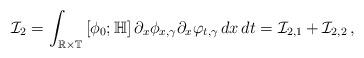
LaTeX: \begin{align*}\mathcal I_2=\int_{\mathbb R\times\mathbb T}\left[\phi_0;\mathbb H\right]\partial_x\phi_{x,\gamma}\partial_x\varphi_{t,\gamma}\,dx\,dt=\mathcal I_{2,1}+\mathcal I_{2,2}\,,\end{align*}